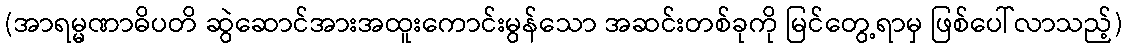
(အာရမ္မဏာဓိပတိ ဆွဲဆောင်အားအထူးကောင်းမွန်သော အဆင်းတစ်ခုကို မြင်တွေ့ရာမှ ဖြစ်ပေါ်လာသည့်)